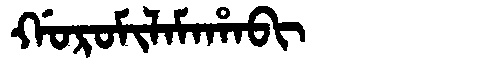
Manchu: ᡤᠣᡵᠣᠮᡳᠯᠠᠮᠠᡥᠠᠪᡳ
Romanization: GOROMILAMAHABI